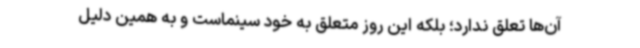
آن‌ها تعلق ندارد؛ بلکه این روز متعلق به خود سینماست و به همین دلیل